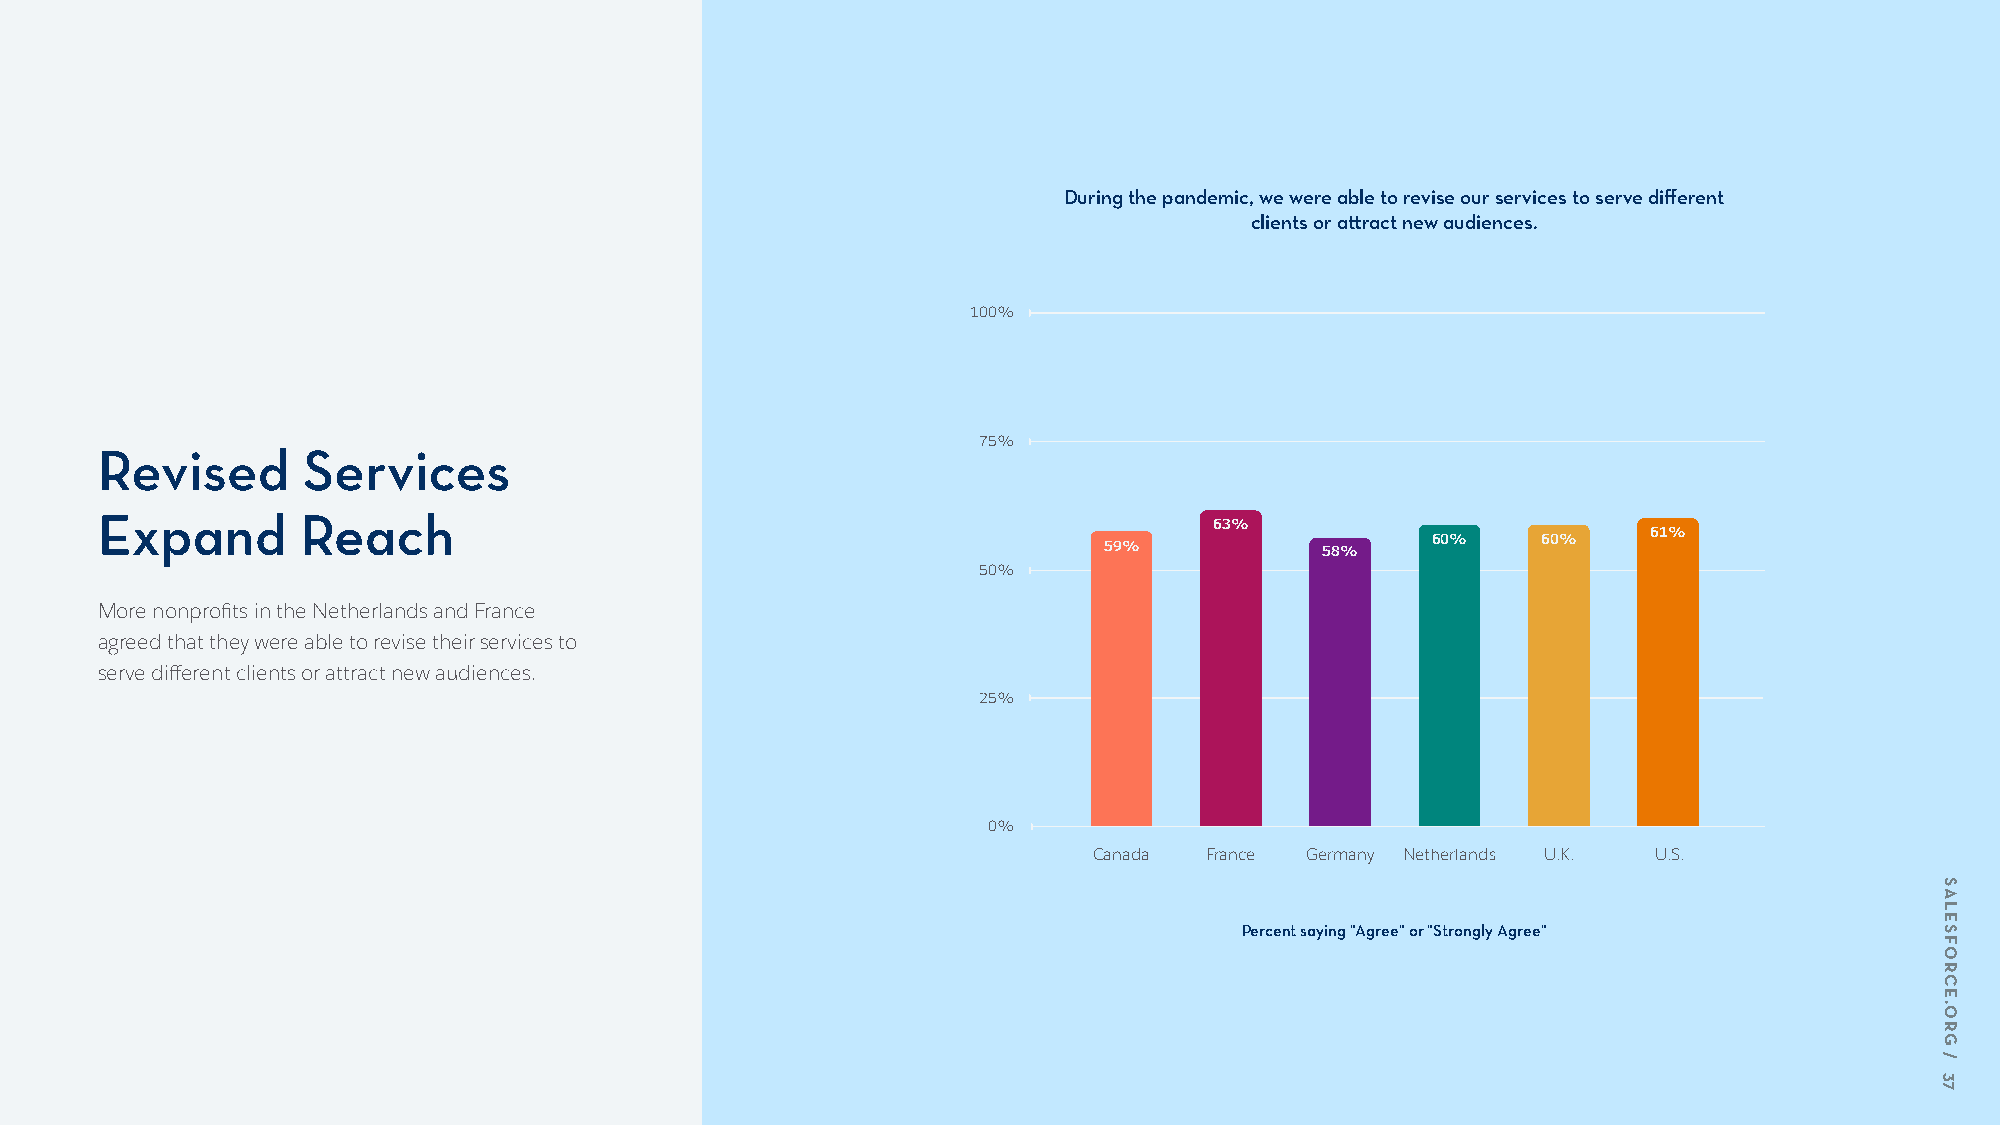
During the pandemic, we were able to revise our services to serve different
 clients or attract new audiences.
 100%
 75%
 Revised       Services
 Expand        Reach
 63%
 61%
 60%    60%
 59%            58%
 50%
 More nonprofits in the Netherlands and France
 agreed that they were able to revise their services to
 serve different clients or attract new audiences.
 25%
 0%
 Canada  France Germany Netherlands U.K. U.S.
 Percent saying "Agree" or "Strongly Agree"
 SALESFORCE.ORG
 /
 37